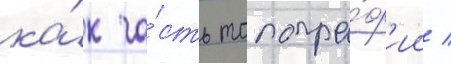
ка́к ча́сть топогра́ф'ии /